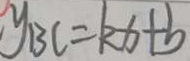
y _ { B C } = k x + b